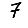
Digit: 7